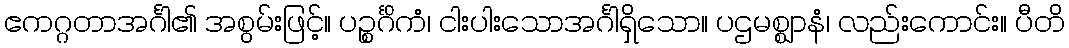
ဧကဂ္ဂတာအင်္ဂါ၏ အစွမ်းဖြင့်။ ပဉ္စင်္ဂိကံ၊ ငါးပါးသောအင်္ဂါရှိသော။ ပဌမစ္ဈာနံ၊ လည်းကောင်း။ ပီတိ